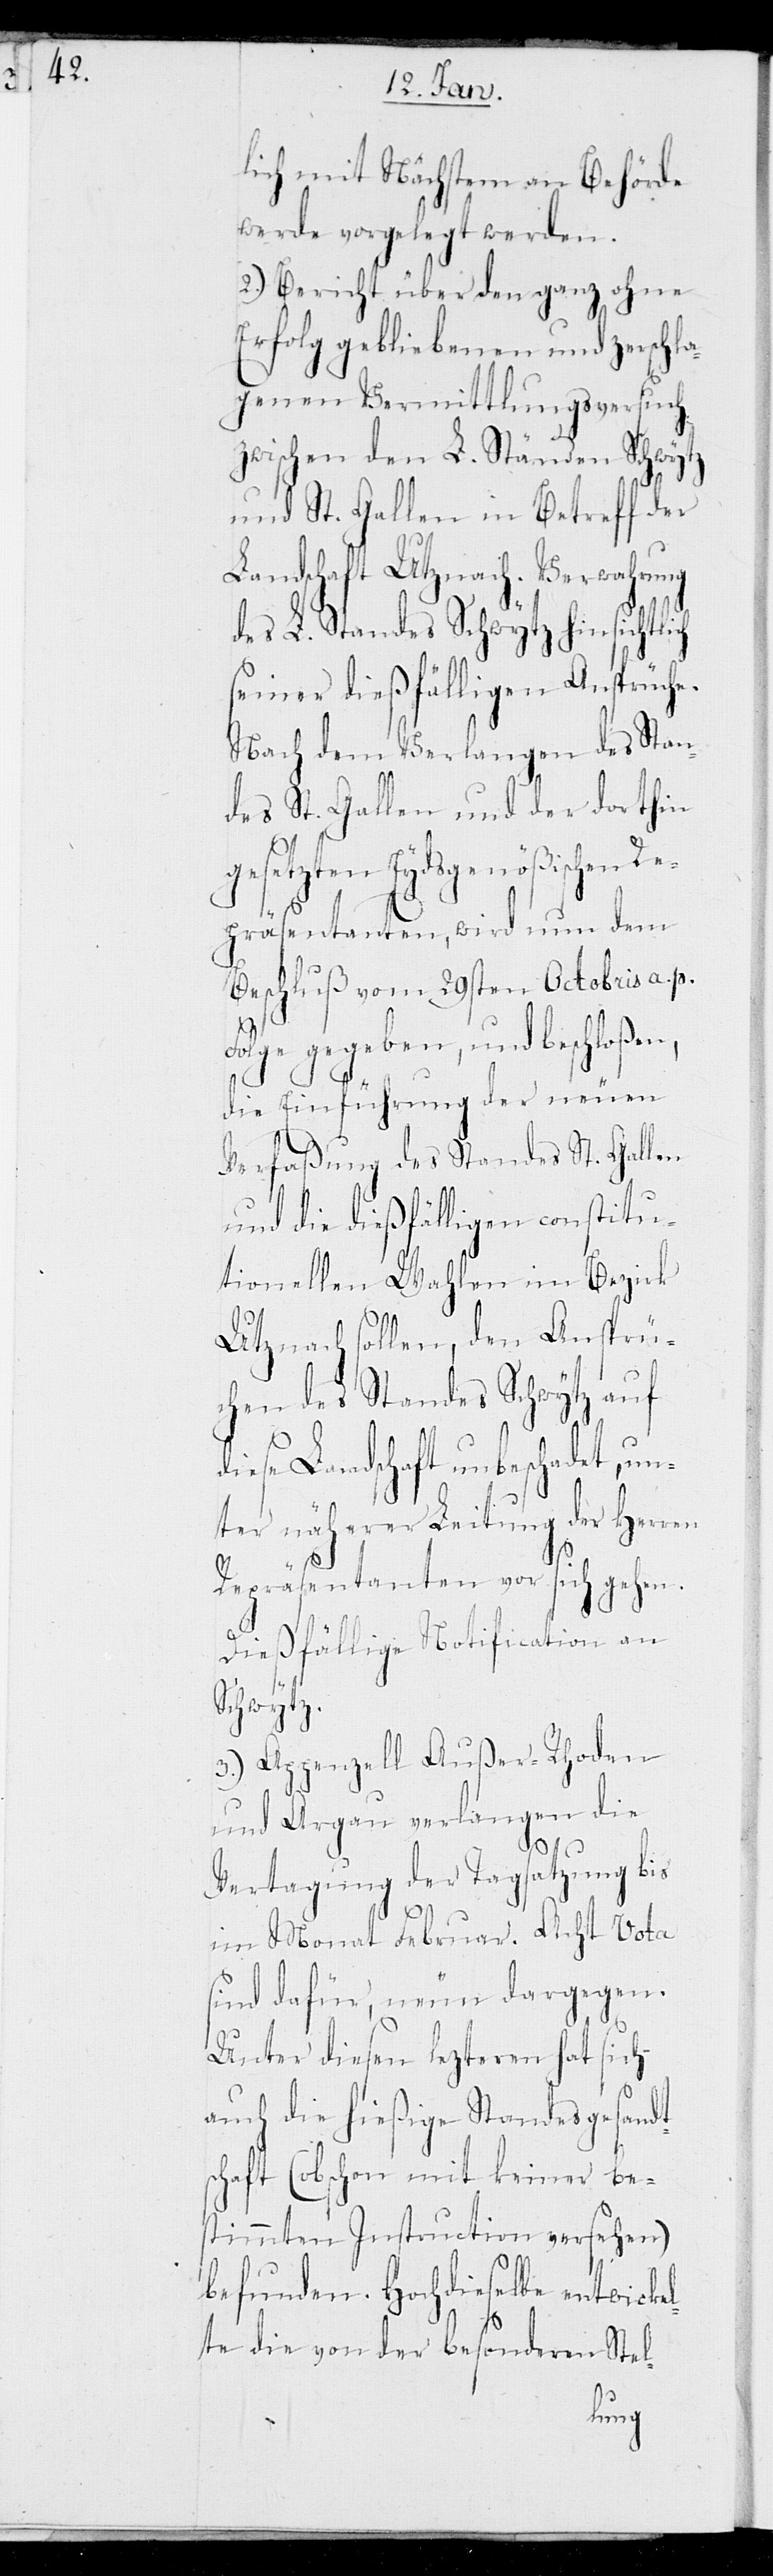
lich mit Nächstem an Behörde
werde vorgelegt werden.
2.) Bericht über den ganz ohne
Erfolg gebliebenen und zerschla¬
genen Vermittlungsversuch
zwischen den L. Ständen Schwytz
und St. Gallen in Betreff der
Landschaft Utznach. Verwahrung
des L. Standes Schwytz hinsichtli¬
seiner dießfälligen Ansprüche.
Nach dem Verlangen des Stan¬
des St. Gallen und der dorthin
gesetzten Eydsgenößischen Re¬
präsentanten, wird nun dem
Beschluß vom 29sten Octobris a. p.
Folge gegeben, und beschloßen,
die Einführung der neuen
Verfaßung des Standes St. Gallen
und die dießfälligen constitu¬
tionellen Wahlen im Bezirk
Utznach sollen, den Ansprü¬
chen des Standes Schwytz auf
diese Landschaft unbeschadet, u¬
nter näherer Leitung der Herren
Repräsentanten vor sich gehen.
Dießfällige Notification an
Schwytz.
3.) Appenzell Außer-Rhoden
und Argau verlangen die
ch
Vertagung der Tagsatzung bis
im Monat Februar. Acht Vota
sind dafür, neun dargegen.
Unter diesen lezteren hat sich
auch die hießige Standesgesandt¬
schaft (obschon mit keiner be¬
stimmten Instruction versehen)
befunden. Hochdieselbe entwicke¬
lte die von der besonderen Stel¬
lung